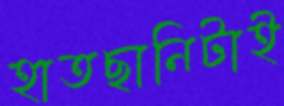
হাতছানিটাই